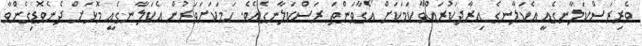
ވެރިރަސްކަލާނގެއީ އެކަލާނގެ އިރާދަކުރައްވާ ކަމަކަށް އޯގާވަންތަ ރަސްކަލާނގެއެވެ. ހަމަކަށަވަރުން އެކަލާނގެއީ މޮޅަށް ދެނެވޮޑިގެންވާ